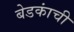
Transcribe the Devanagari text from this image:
बेडकांची